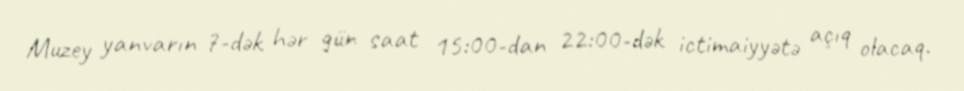
Muzey yanvarın 7-dək hər gün saat 15:00-dan 22:00-dək ictimaiyyətə açıq olacaq.